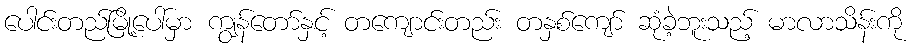
ပေါင်းတည်မြို့ပေါ်မှာ ကျွန်တော်နှင့် တကျောင်းတည်း တနှစ်ကျော် ဆုံခဲ့ဘူးသည့် မာလာသိန်းကို